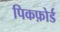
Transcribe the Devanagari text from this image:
पिकफ़ोर्ड